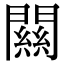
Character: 闗